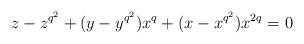
LaTeX: \begin{align*}z-z^{q^2}+(y-y^{q^2})x^q+(x-x^{q^2})x^{2q}=0\end{align*}